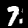
Digit: 7